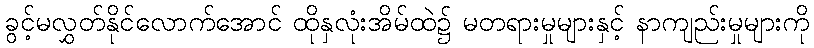
ခွင့်မလွှတ်နိုင်လောက်အောင် ထိုနှလုံးအိမ်ထဲ၌ မတရားမှုများနှင့် နာကျည်းမှုများကို